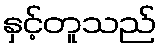
နှင့်တူသည်